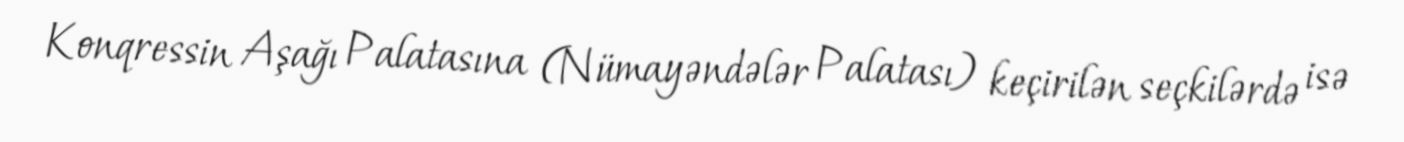
Konqressin Aşağı Palatasına (Nümayəndələr Palatası) keçirilən seçkilərdə isə